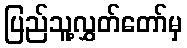
ပြည်သူ့လွှတ်တော်မှ